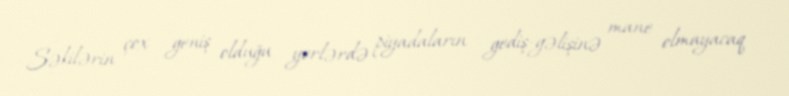
Səkilərin çox geniş olduğu yerlərdə piyadaların gediş-gəlişinə mane olmayacaq